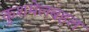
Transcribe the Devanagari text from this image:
कुशमेलबहल